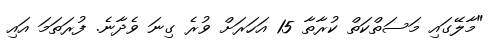
"މާލޭގައި މަސަތްކަތް ކުރާތާ 15 އަހަރަށް ވުރެ ގިނަ ވެދާނެ. ފުރަތަމަ އައި